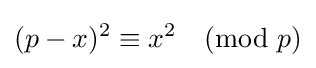
(p-x)^{2}\equiv x^{2}{\pmod {p}}